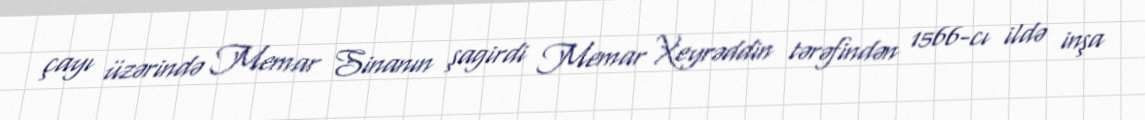
çayı üzərində Memar Sinanın şagirdi Memar Xeyrəddin tərəfindən 1566-cı ildə inşa